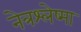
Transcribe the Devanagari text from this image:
नेत्रश्लेष्मा